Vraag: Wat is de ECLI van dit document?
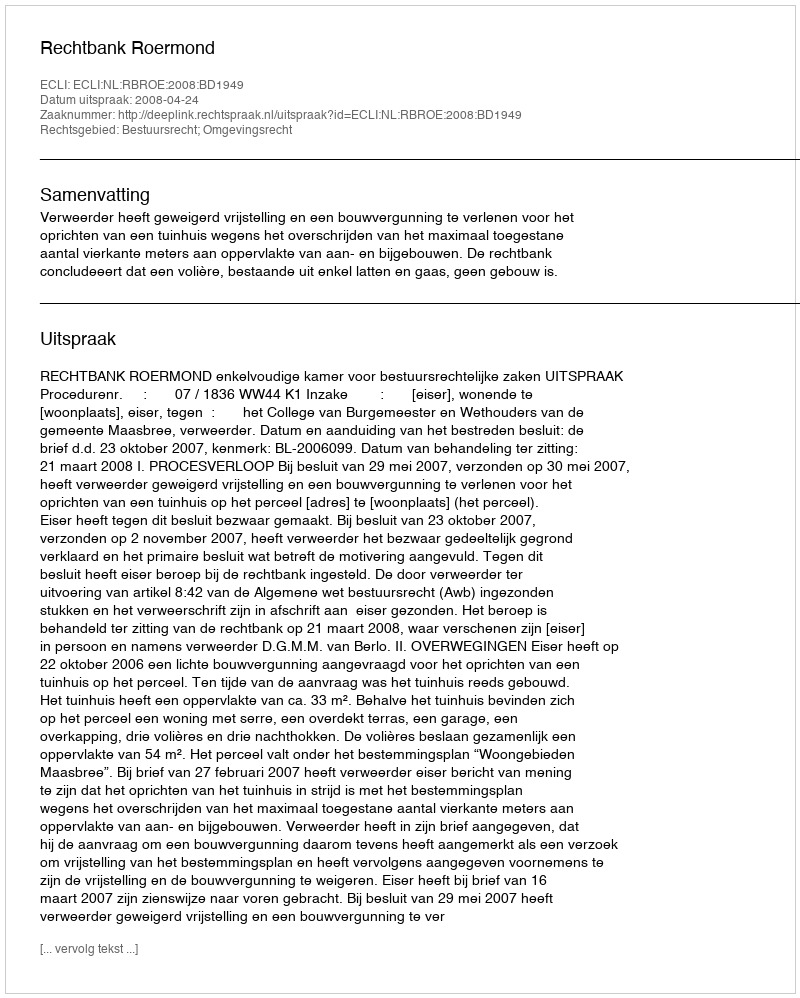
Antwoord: ECLI:NL:RBROE:2008:BD1949